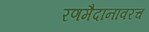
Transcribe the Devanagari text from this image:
रणमैदानावरच